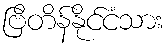
ဗြိတိန်နိုင်ငံသား